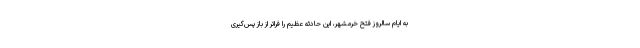
به ایام سالروز فتح خرمشهر، این حادثه عظیم را فراتر از باز پس‌گیری